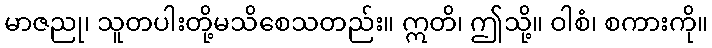
မာဇညု၊ သူတပါးတို့မသိစေသတည်း။ ဣတိ၊ ဤသို့။ ဝါစံ၊ စကားကို။